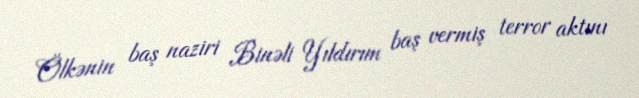
Ölkənin baş naziri Binəli Yıldırım baş vermiş terror aktını